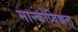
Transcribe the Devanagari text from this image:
मान्कोयिक्कल्